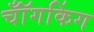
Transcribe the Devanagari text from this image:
चॉँगकिंग